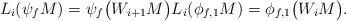
LaTeX: \begin{align*}L_i(\psi_f M) = \psi_f \bigl( W_{i+1} M \bigr) L_i(\phi_{f,1} M) = \phi_{f,1} \bigl( W_i M \bigr).\end{align*}